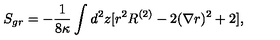
S _ { g r } = - { \frac { 1 } { 8 \kappa } } \int _ { } ^ { } d ^ { 2 } z [ r ^ { 2 } R ^ { ( 2 ) } - 2 ( \nabla r ) ^ { 2 } + 2 ] ,